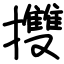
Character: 㩳